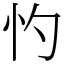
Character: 㣿